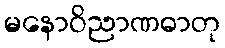
မနောဝိညာဏဓာတု